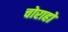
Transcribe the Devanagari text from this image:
चोराहो